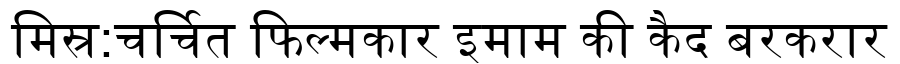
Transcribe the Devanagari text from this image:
मिस्र:चर्चित फिल्मकार इमाम की कैद बरकरार